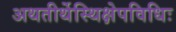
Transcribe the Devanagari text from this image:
अथतीर्थेस्थिक्षेपविधिः